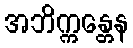
အဘိက္ကန္တေန